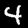
Digit: 4